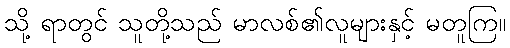
သို့ ရာတွင် သူတို့သည် မာလစ်၏လူများနှင့် မတူကြ။